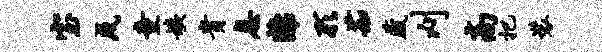
室戌童姨贵息离形茹藏刈高把装